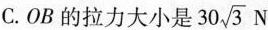
C.OB的拉力大小是30 \sqrt{3}N